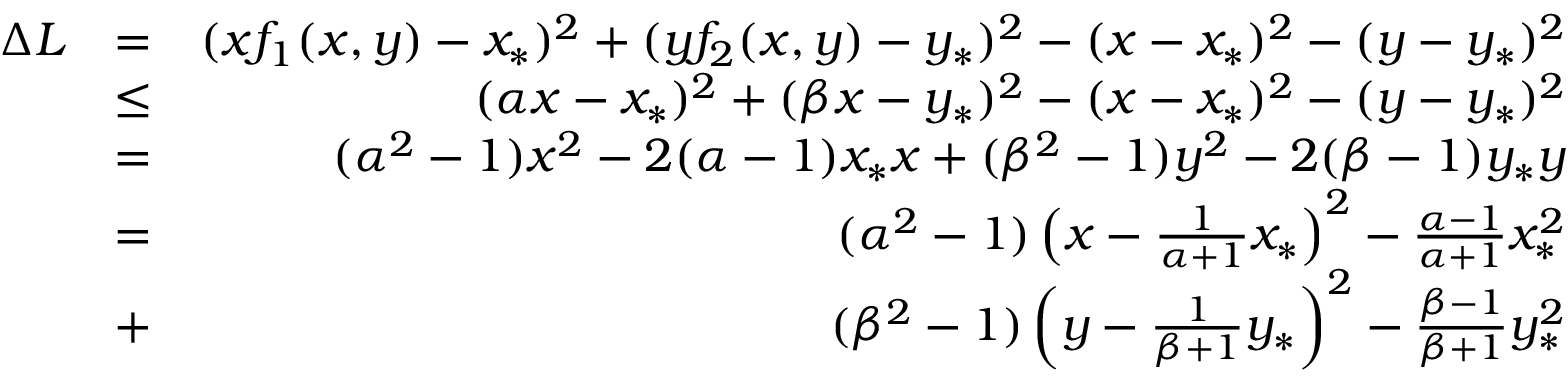
\begin{array} { r l r } { \Delta L } & { = } & { ( x f _ { 1 } ( x , y ) - x _ { * } ) ^ { 2 } + ( y f _ { 2 } ( x , y ) - y _ { * } ) ^ { 2 } - ( x - x _ { * } ) ^ { 2 } - ( y - y _ { * } ) ^ { 2 } } \\ & { \leq } & { ( \alpha x - x _ { * } ) ^ { 2 } + ( \beta x - y _ { * } ) ^ { 2 } - ( x - x _ { * } ) ^ { 2 } - ( y - y _ { * } ) ^ { 2 } } \\ & { = } & { ( \alpha ^ { 2 } - 1 ) x ^ { 2 } - 2 ( \alpha - 1 ) x _ { * } x + ( \beta ^ { 2 } - 1 ) y ^ { 2 } - 2 ( \beta - 1 ) y _ { * } y } \\ & { = } & { ( \alpha ^ { 2 } - 1 ) \left( x - \frac { 1 } { \alpha + 1 } x _ { * } \right) ^ { 2 } - \frac { \alpha - 1 } { \alpha + 1 } x _ { * } ^ { 2 } } \\ & { + } & { ( \beta ^ { 2 } - 1 ) \left( y - \frac { 1 } { \beta + 1 } y _ { * } \right) ^ { 2 } - \frac { \beta - 1 } { \beta + 1 } y _ { * } ^ { 2 } } \end{array}